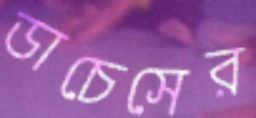
ডাচেসের